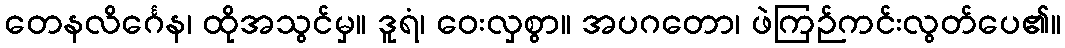
တေနလိင်္ဂေန၊ ထိုအသွင်မှ။ ဒူရံ၊ ဝေးလှစွာ။ အပဂတော၊ ဖဲကြဉ်ကင်းလွတ်ပေ၏။